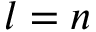
l = n